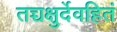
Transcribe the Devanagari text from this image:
तच्चक्षुर्देवहितं